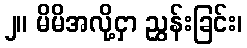
၂။ မိမိအလို့ငှာ ညွှန်းခြင်း၊